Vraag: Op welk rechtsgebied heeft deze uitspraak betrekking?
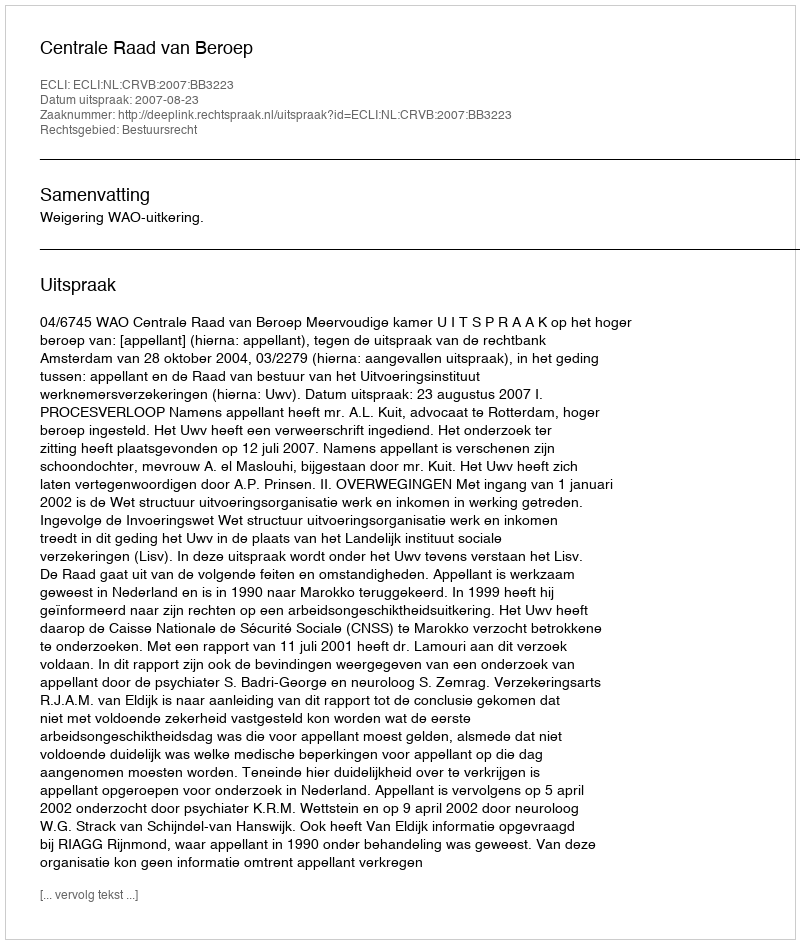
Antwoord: Bestuursrecht